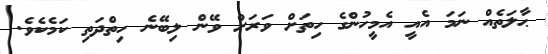
ޙާލަތެއް ނަމަ އެއީ އެމީހުންގެ ހިތަށް ވަރަށް ވޭން ލިބޭނެ ހިތްދަތި ކަމެކެވެ.